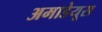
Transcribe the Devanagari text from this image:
अमाडेयूस